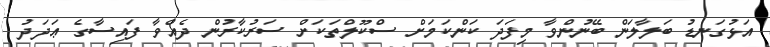
އަޅުގަނޑު ބަލާލަން ބޭނުންވާ މިފަދަ ކަންކަމަށް ސްކޫލްތަކަށް ސަރުކާރުން ދެއްވާ ފައިސާގެ ޢަދަދު